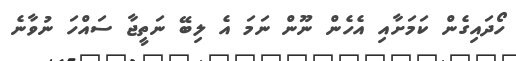
ހޯދައިގެން ކަމަށާއި އެހެން ނޫން ނަމަ އެ ލިބޭ ނަތީޖާ ސައްހަ ނުވާނެ